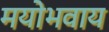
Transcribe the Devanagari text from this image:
मयोभवाय